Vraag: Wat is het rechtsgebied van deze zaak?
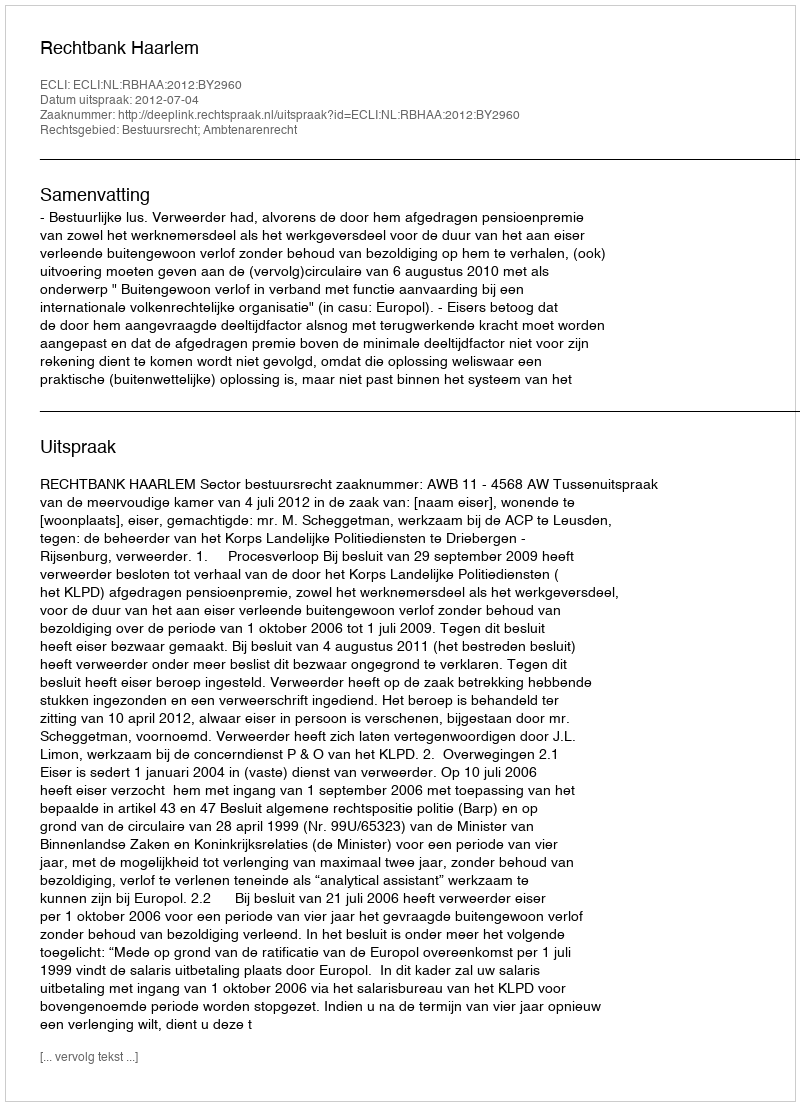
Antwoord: Bestuursrecht; Ambtenarenrecht